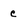
Character: e